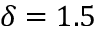
\delta = 1 . 5